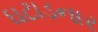
ઘટાડનાર